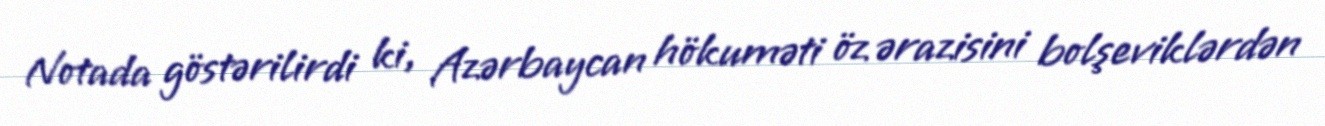
Notada göstərilirdi ki, Azərbaycan hökuməti öz ərazisini bolşeviklərdən